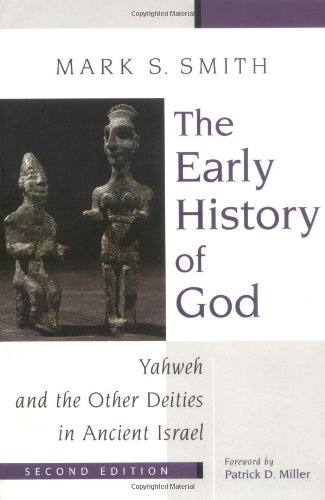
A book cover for The Early History of God: Yahweh and the Other Deities in Ancient Israel (Biblical Resource Series); Mark S. Smith; Religion & Spirituality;